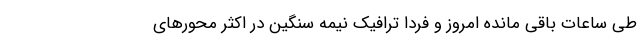
طی ساعات باقی مانده امروز و فردا ترافیک نیمه سنگین در اکثر محور‌های